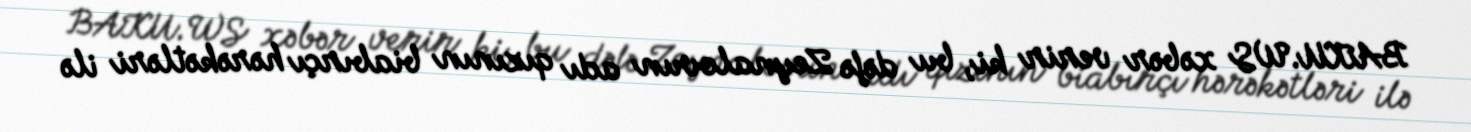
BAKU.WS xəbər verir ki, bu dəfə Zeynalovun adı qızının biabırçı hərəkətləri ilə